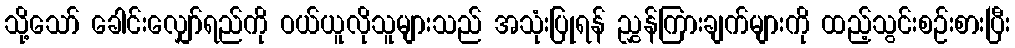
သို့သော် ခေါင်းလျှော်ရည်ကို ဝယ်ယူလိုသူများသည် အသုံးပြုရန် ညွှန်ကြားချက်များကို ထည့်သွင်းစဉ်းစားပြီး